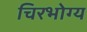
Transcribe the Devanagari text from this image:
चिरभोग्य